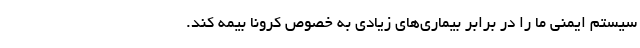
سیستم ایمنی ما را در برابر بیماری‌های زیادی به خصوص کرونا بیمه کند.